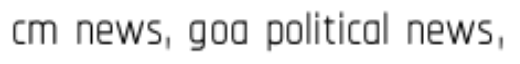
cm news, goa political news,